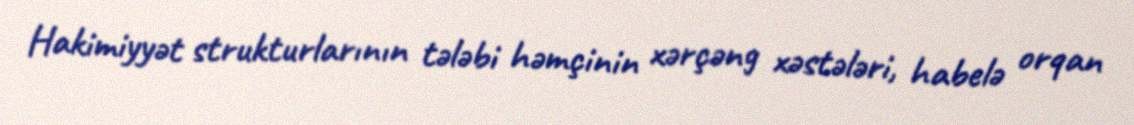
Hakimiyyət strukturlarının tələbi həmçinin xərçəng xəstələri, habelə orqan